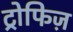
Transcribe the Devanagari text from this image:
ट्रोफिज़